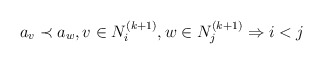
\begin{align*}a_v \prec a_w, v \in N_i^{(k+1)}, w \in N_j^{(k+1)} \Rightarrow i < j\end{align*}